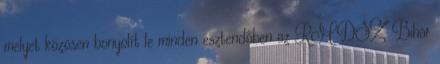
melyet közösen bonyolít le minden esztendőben az RMDSZ Bihar